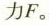
力F。